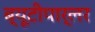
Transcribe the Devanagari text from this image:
ब्यूटीपार्लर